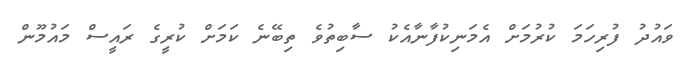
ވައުދު ފުރިހަމަ ކުރުމަށް އެމަނިކުފާނާއެކު ސާބިތުވެ ތިބޭނެ ކަމަށް ކުރީގެ ރައީސް މައުމޫން